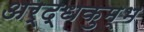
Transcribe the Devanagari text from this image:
अर्द्धकुम्भ